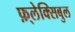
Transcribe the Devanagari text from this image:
फ़्लेक्सिबुल